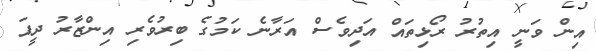
އިން ވަނީ އިތުރު ރޯޅިތައް އަދިވެސް އަރާނެ ކަމުގެ ބިރުވެރި އިންޒާރު ދީފަ